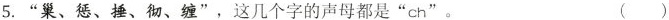
5.”巢、惩、捶、彻、缠”，这几个字的声母都是”ch”。 ()